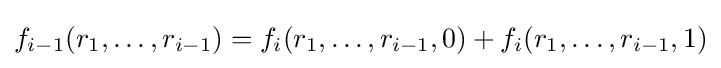
f_{i-1}(r_{1},\dots ,r_{i-1})=f_{i}(r_{1},\dots ,r_{i-1},0)+f_{i}(r_{1},\dots ,r_{i-1},1)